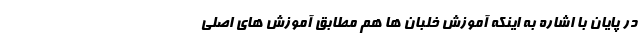
در پایان با اشاره به اینکه آموزش خلبان ها هم مطابق آموزش های اصلی